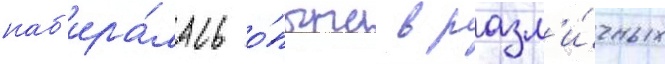
наб'ира́лась о́пыта в разл'и́чных